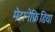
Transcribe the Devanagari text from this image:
मेटानेफ्रिडिया